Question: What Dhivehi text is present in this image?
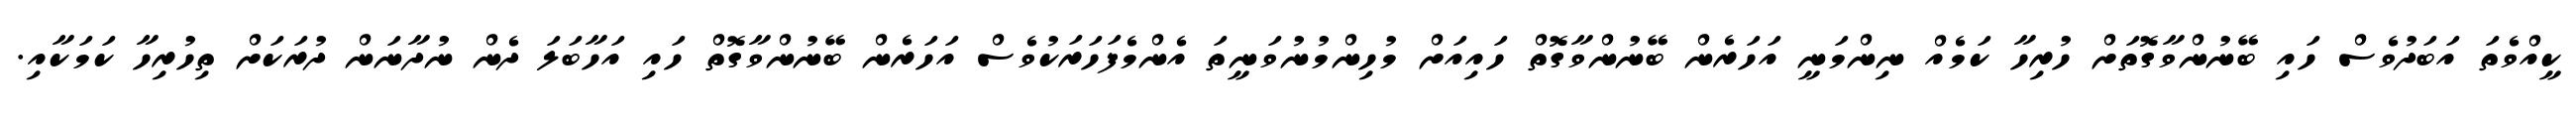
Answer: ކީއްވެތަ އަބަދުވެސް ހައި ބޭނުންވާގޮތަށް ހުރިހާ ކަމެއް ނިންމަނީ އަހަރެން ބޭނުންވާގޮތް ހައިއަށް މުހިންމުނުވަނީތަ އެންމެފަހަރަކުވެސް އަހަރެން ބޭނުންވާގޮތް ހައި އަހާބަލަ ދެން ނުދާނަން ދުރަކަށް ތިހުރިހާ ކަމަކާއި.